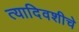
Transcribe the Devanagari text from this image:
त्यादिवशीचे